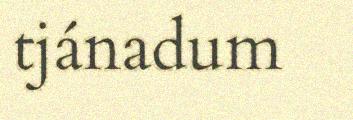
tjánadum